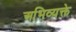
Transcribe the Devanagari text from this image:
अभिव्यक्ते